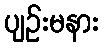
ပျဉ်းမနား